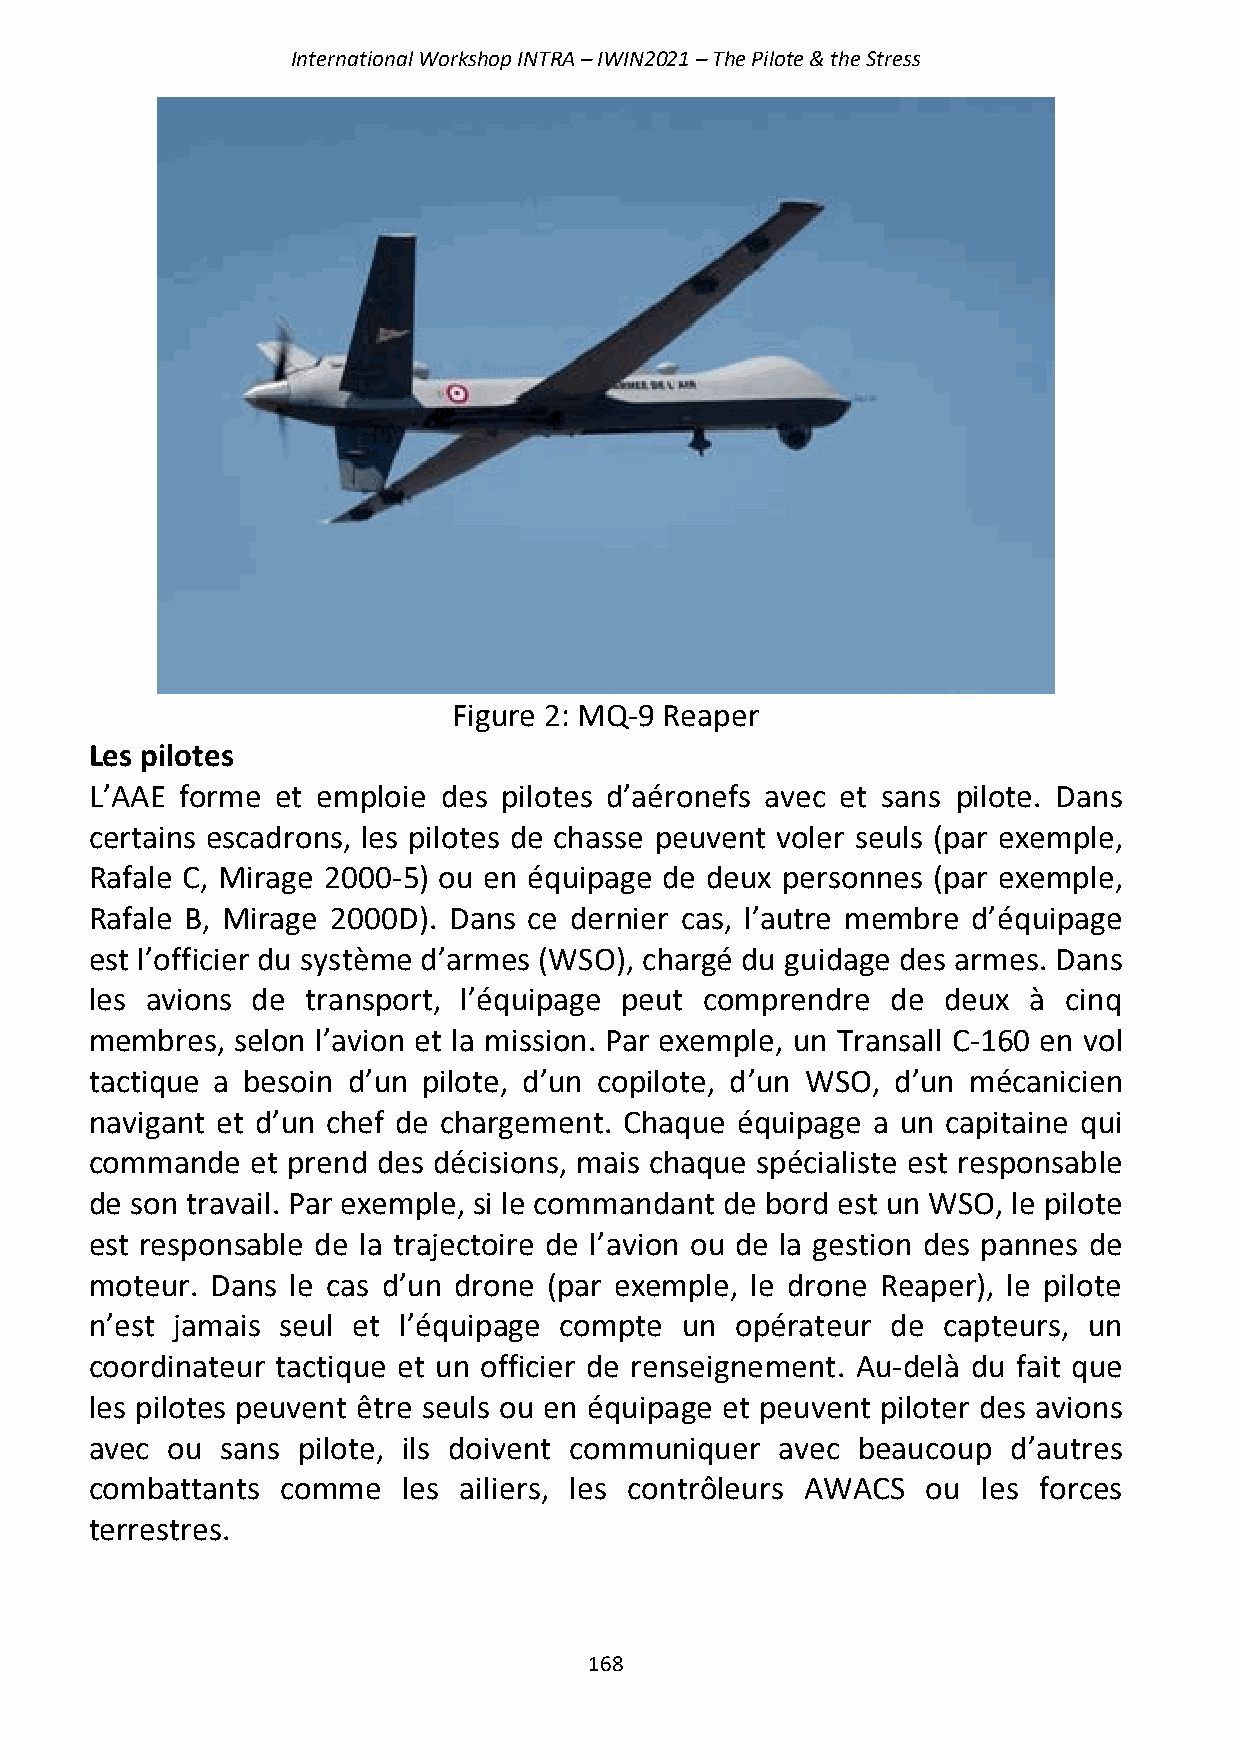
International Workshop INTRA – IWIN2021 – The Pilote & the Stress
 Figure 2: MQ-9 Reaper
 Les pilotes
 L’AAE forme et emploie des pilotes d’aéronefs avec et sans pilote. Dans
 certains escadrons, les pilotes de chasse peuvent voler seuls (par exemple,
 Rafale C, Mirage 2000-5) ou en équipage de deux personnes (par exemple,
 Rafale B, Mirage 2000D). Dans ce dernier cas, l’autre membre d’équipage
 est l’officier du système d’armes (WSO), chargé du guidage des armes. Dans
 les avions de transport, l’équipage peut comprendre  de deux  à cinq
 membres,  selon l’avion et la mission. Par exemple, un Transall C-160 en vol
 tactique a besoin d’un pilote, d’un copilote, d’un WSO, d’un mécanicien
 navigant et d’un chef de chargement. Chaque équipage a un capitaine qui
 commande   et prend des décisions, mais chaque spécialiste est responsable
 de son travail. Par exemple, si le commandant de bord est un WSO, le pilote
 est responsable de la trajectoire de l’avion ou de la gestion des pannes de
 moteur. Dans le cas d’un drone (par exemple, le drone Reaper), le pilote
 n’est jamais seul et l’équipage compte un  opérateur de capteurs, un
 coordinateur tactique et un officier de renseignement. Au-delà du fait que
 les pilotes peuvent être seuls ou en équipage et peuvent piloter des avions
 avec ou  sans pilote, ils doivent communiquer avec beaucoup  d’autres
 combattants  comme   les ailiers, les contrôleurs AWACS ou les forces
 terrestres.
 168